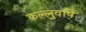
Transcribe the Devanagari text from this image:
कल्लुवष़ि